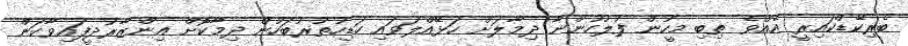
ބެރިކޭޑްކައިރީ އެއްވެ ތިބި މީހުން ފުލުހުންނާ ދިމާލަށް ހަޅޭއްލަވައި ހަޑިހުތުރުބަހުން ދިމާކޮށް އިންޒާރުދީފައިވާކަން